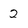
Character: 2